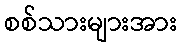
စစ်သားများအား